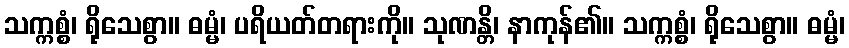
သက္ကစ္စံ၊ ရိုသေစွာ။ ဓမ္မံ၊ ပရိယတ်တရားကို။ သုဏန္တိ၊ နာကုန်၏။ သက္ကစ္စံ၊ ရိုသေစွာ။ ဓမ္မံ၊